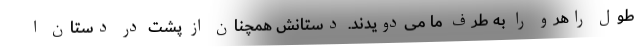
طول راهرو را به طرف ما می‌دویدند. دستانش همچنان از پشت در دستان ا